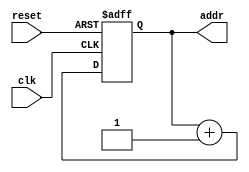
/**********************************************************************************
*	Project:		Memory & Display Controllers
*	Designer:	Liam Gogley
*	Rev. Date:	2016-03-06
*
*	Purpose:		Simple flip flop to increment each address by 1 bit until the limit
*					is reached and the address returns to the first address line.
*
*	Notes:		8 bit address incrementer from addr_step button. 
**********************************************************************************/
`timescale 1ns / 1ps

module addr_seqr(clk, reset, addr);
	
	input clk, reset;      // clk from board_clk 500Hz and universal reset
	
	output reg [7:0] addr; // Address location value.
	
	
	//*********************************************************************
	// Flip flop to increment value at each addr_step pulse from gated clk
	//*********************************************************************
	always @(posedge clk or posedge reset)
	begin
		if (reset)
			addr <= 1'b0;
		else
			addr <= addr + 1'b1;
	end

endmodule